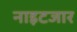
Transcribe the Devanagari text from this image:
नाइटजार